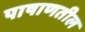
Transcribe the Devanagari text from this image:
पाषाणतील